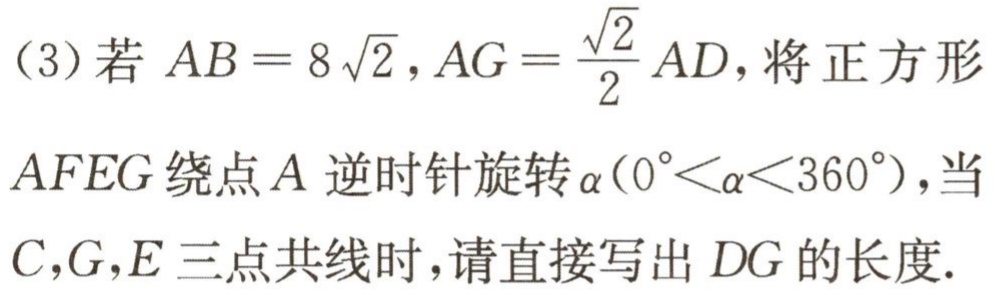
（3）若 \(AB = 8\sqrt{2},AG=\frac{\sqrt{2}}{2}AD\)，将正方形 \(AFEG\) 绕点 \(A\) 逆时针旋转 \(\alpha(0^{\circ}<\alpha<360^{\circ})\)，当 \(C,G,E\) 三点共线时，请直接写出 \(DG\) 的长度.